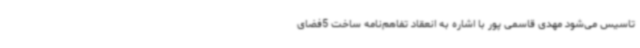
تاسیس می‌شود مهدی قاسمی پور با اشاره به انعقاد تفاهم‌نامه ساخت 5فضای